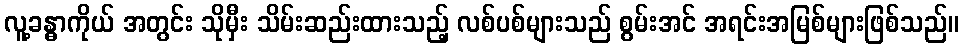
လူ့ခန္ဓာကိုယ် အတွင်း သိုမှီး သိမ်းဆည်းထားသည့် လစ်ပစ်များသည် စွမ်းအင် အရင်းအမြစ်များဖြစ်သည်။